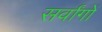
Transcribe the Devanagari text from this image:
सर्वांगों